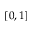
[ 0 , 1 ]